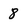
Character: 8